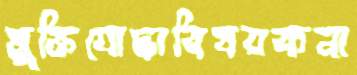
মুক্তিযোদ্ধাবিষয়কনা